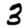
Digit: 3